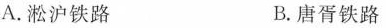
A.淞沪铁路 B.唐胥铁路